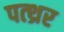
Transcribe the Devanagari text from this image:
पत्थ्रर